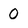
Character: 0